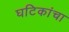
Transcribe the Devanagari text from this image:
घटिकांचा